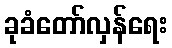
ခုခံတော်လှန်ရေး